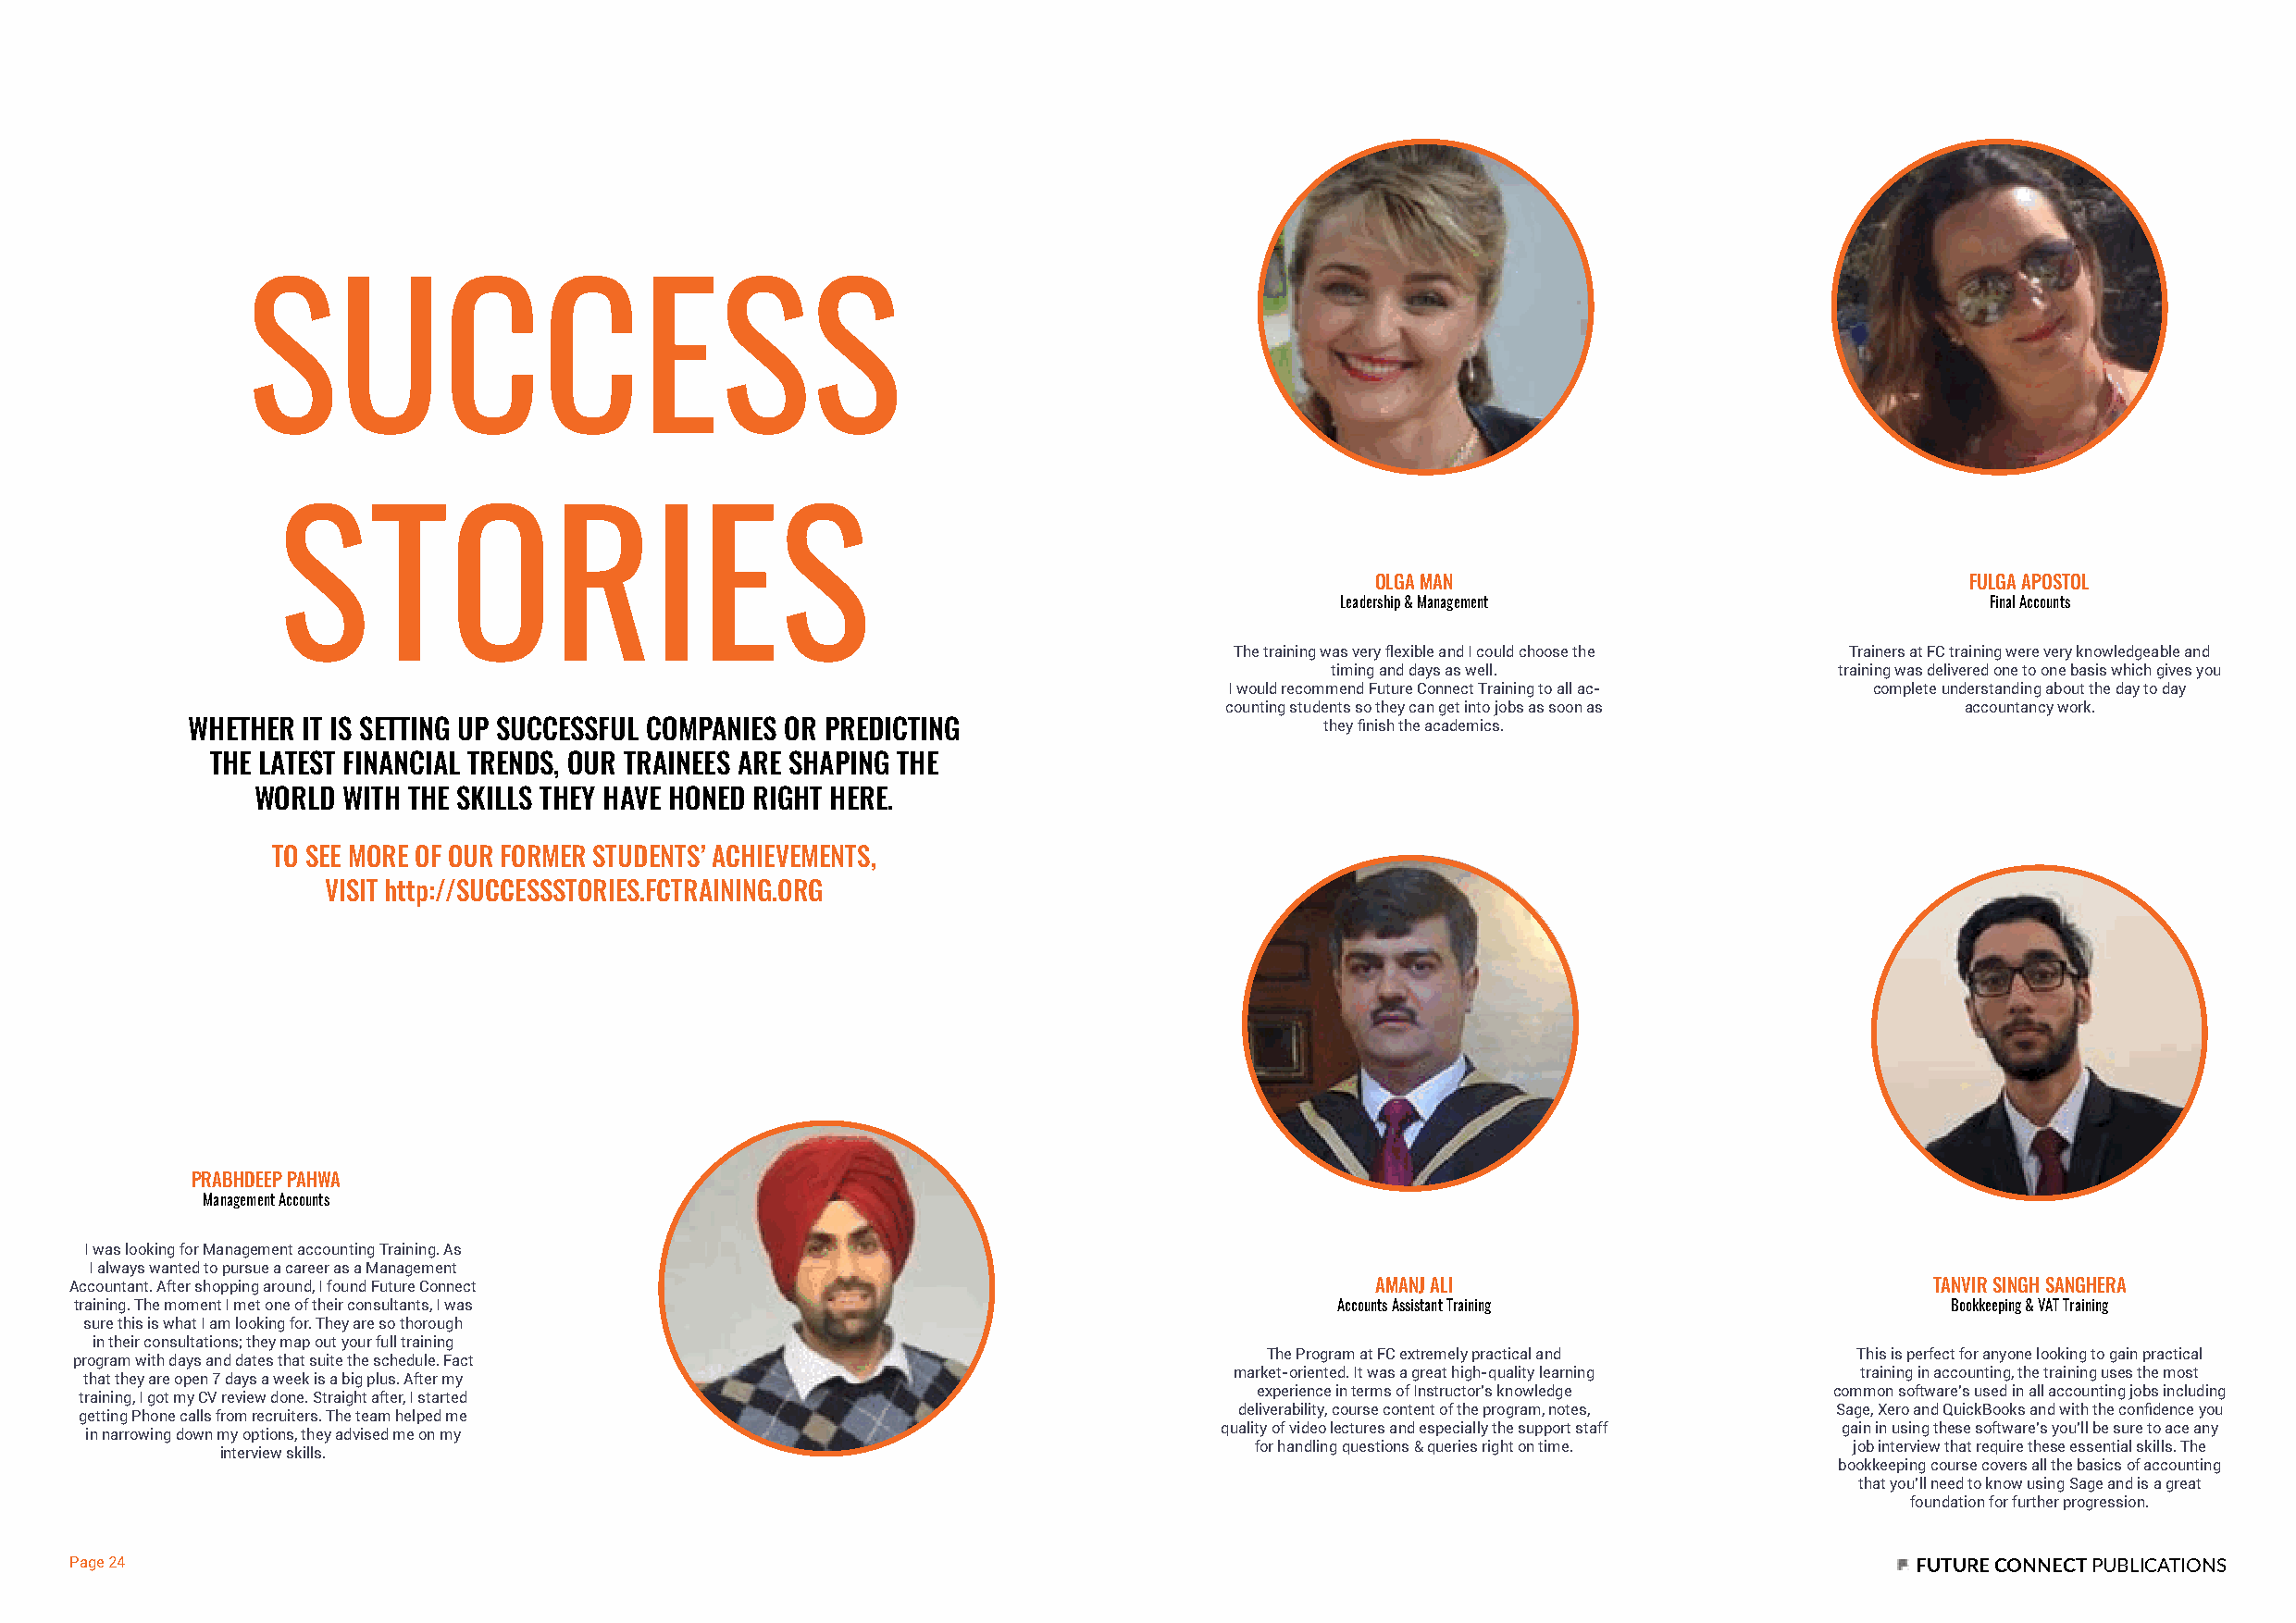
SUCCESS
 STORIES
 OLGA MAN                                   FULGA APOSTOL
 Leadership & Management                       Final Accounts
 The training was very flexible and I could choose the Trainers at FC training were very knowledgeable and
 timing and days as well.            training was delivered one to one basis which gives you
 I would recommend Future Connect Training to all ac- complete understanding about the day to day
 counting students so they can get into jobs as soon as accountancy work.
 WHETHER  IT IS SETTING UP SUCCESSFUL COMPANIES OR PREDICTING                      they finish the academics.
 THE LATEST FINANCIAL TRENDS, OUR TRAINEES ARE SHAPING THE
 WORLD  WITH THE SKILLS THEY HAVE HONED RIGHT HERE.
 TO SEE MORE OF OUR FORMER STUDENTS’ ACHIEVEMENTS,
 VISIT http://SUCCESSSTORIES.FCTRAINING.ORG
 PRABHDEEP PAHWA
 Management Accounts
 I was looking for Management accounting Training. As
 I always wanted to pursue a career as a Management
 Accountant. After shopping around, I found Future Connect                                    AMANJ ALI                               TANVIR SINGH SANGHERA
 training. The moment I met one of their consultants, I was                                 Accounts Assistant Training                 Bookkeeping & VAT Training
 sure this is what I am looking for. They are so thorough
 in their consultations; they map out your full training
 The Program at FC extremely practical and This is perfect for anyone looking to gain practical
 program with days and dates that suite the schedule. Fact
 market-oriented. It was a great high-quality learning training in accounting, the training uses the most
 that they are open 7 days a week is a big plus. After my
 experience in terms of Instructor’s knowledge common software’s used in all accounting jobs including
 training, I got my CV review done. Straight after, I started
 deliverability, course content of the program, notes, Sage, Xero and QuickBooks and with the confidence you
 getting Phone calls from recruiters. The team helped me
 quality of video lectures and especially the support staff gain in using these software’s you’ll be sure to ace any
 in narrowing down my options, they advised me on my
 for handling questions & queries right on time. job interview that require these essential skills. The
 interview skills.
 bookkeeping course covers all the basics of accounting
 that you’ll need to know using Sage and is a great
 foundation for further progression.
 Page 24                                                                                                                             FUTURE CONNECT PUBLICATIONS